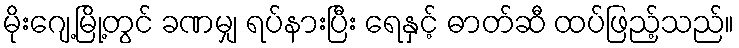
မိုးဂျေ့မြို့တွင် ခဏမျှ ရပ်နားပြီး ရေနှင့် ဓာတ်ဆီ ထပ်ဖြည့်သည်။